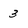
Character: 3